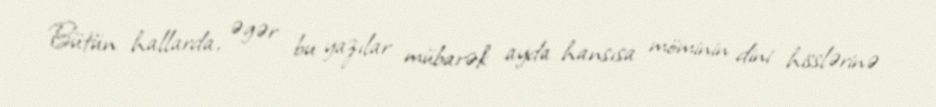
Bütün hallarda, əgər bu yazılar mübarək ayda hansısa möminin dini hisslərinə